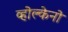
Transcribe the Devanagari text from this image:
व्होल्केनो